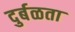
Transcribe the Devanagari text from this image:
दुर्बळता